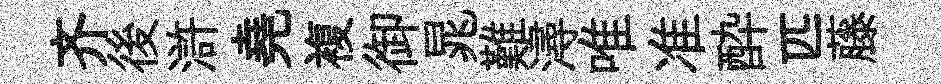
齐後滸堯複御晁難潯唯准酔匹藤